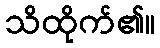
သိထိုက်၏။